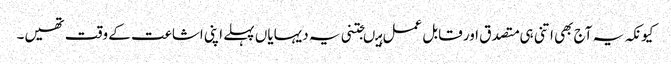
کیونکہ یہ آج بھی اتنی ہی متصدق اور قابل عمل ہیںجتنی یہ دیہایاں پہلے اپنی اشاعت کے وقت تھیں۔